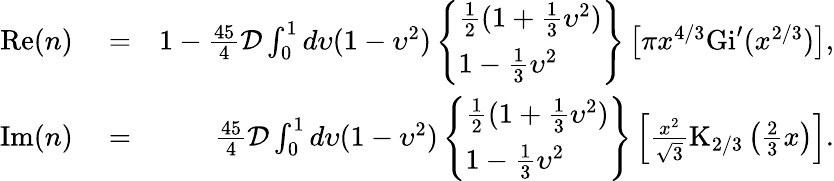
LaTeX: \begin{array}{rlr}{\mathrm{Re}(n)}&{{}=}&{1-\frac{45}{4}\mathcal{D}\int_{0}^{1}d\upsilon(1-\upsilon^{2})\left\{ \begin{array}{l}{\frac{1}{2}(1+\frac{1}{3}\upsilon^{2})}\\ {1-\frac{1}{3}\upsilon^{2}}\end{array}\right\} \left[\pi x^{4/3}\mathrm{Gi}^{\prime}(x^{2/3})\right],}\\ {\mathrm{Im}(n)}&{{}=}&{\frac{45}{4}\mathcal{D}\int_{0}^{1}d\upsilon(1-\upsilon^{2})\left\{ \begin{array}{l}{\frac{1}{2}(1+\frac{1}{3}\upsilon^{2})}\\ {1-\frac{1}{3}\upsilon^{2}}\end{array}\right\} \left[\frac{x^{2}}{\sqrt{3}}\mathrm{K}_{2/3}\left(\frac{2}{3}x\right)\right].}\end{array}